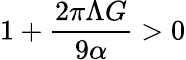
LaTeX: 1+\frac{2\pi\Lambda G}{9\alpha}>0